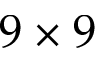
9 \times 9